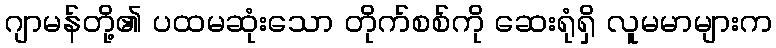
ဂျာမန်တို့၏ ပထမဆုံးသော တိုက်စစ်ကို ဆေးရုံရှိ လူမမာများက